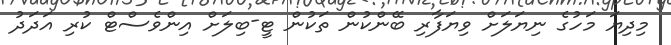
މިދިޔަ މަހުގެ ނިޔަލަށް ވިޔަފާރި ބޭންކުން ތަކުން ޓީ-ބިލަށް އިންވެސްޓް ކުރި އަދަދު